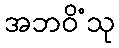
အဘဝိံသု